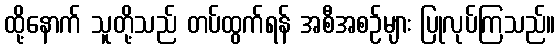
ထို့နောက် သူတို့သည် တပ်ထွက်ရန် အစီအစဉ်များ ပြုလုပ်ကြသည်။